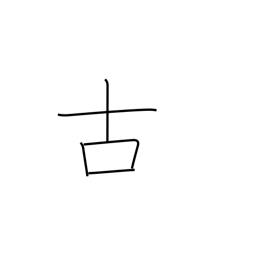
Meaning: old